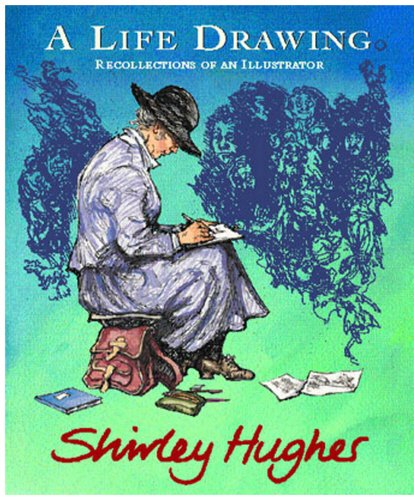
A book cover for A Life Drawing: Recollections of an Illustrator; Shirley Hughes; Teen & Young Adult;